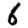
Digit: 6